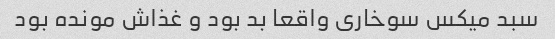
سبد میکس سوخاری واقعا بد بود و غذاش مونده بود